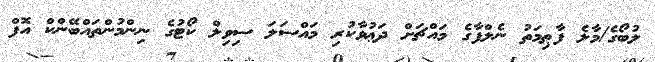
ލުބޯގެ/މާލެ ފާޠިމަތު ނެލްފާގެ މައްޗަށް ދަޢުވާކުރި މައްސަލަ ސިވިލް ކޯޓުގެ ނިންމުންތައްބޭންކް އޮފް